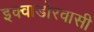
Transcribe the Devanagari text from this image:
इक्वाडोरवासी